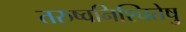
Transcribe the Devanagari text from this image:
तरुष्वनिश्चितेषु